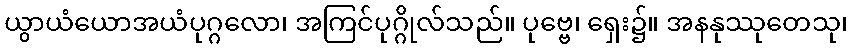
ယွာယံယောအယံပုဂ္ဂလော၊ အကြင်ပုဂ္ဂိုလ်သည်။ ပုဗ္ဗေ၊ ရှေး၌။ အနနုဿုတေသု၊